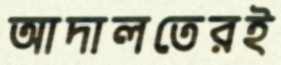
আদালতেরই